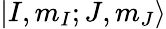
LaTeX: \lvert I,m_{I};J,m_{J}\rangle